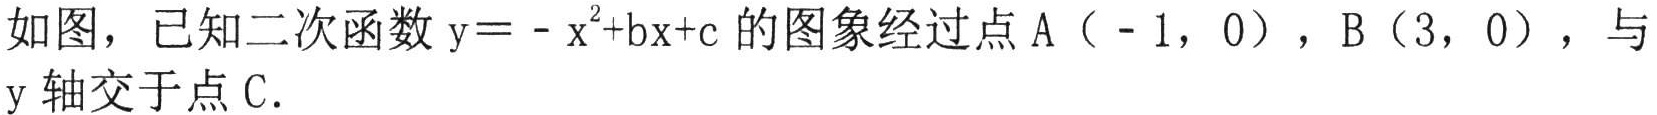
如图，已知二次函数\(y = -x^{2}+bx + c\)的图象经过点\(A(-1,0)\)，\(B(3,0)\)，与\(y\)轴交于点\(C\).